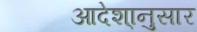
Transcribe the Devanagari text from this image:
आदेशा्नुसार